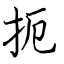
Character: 扼